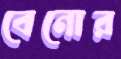
বেনোর